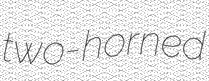
two-horned